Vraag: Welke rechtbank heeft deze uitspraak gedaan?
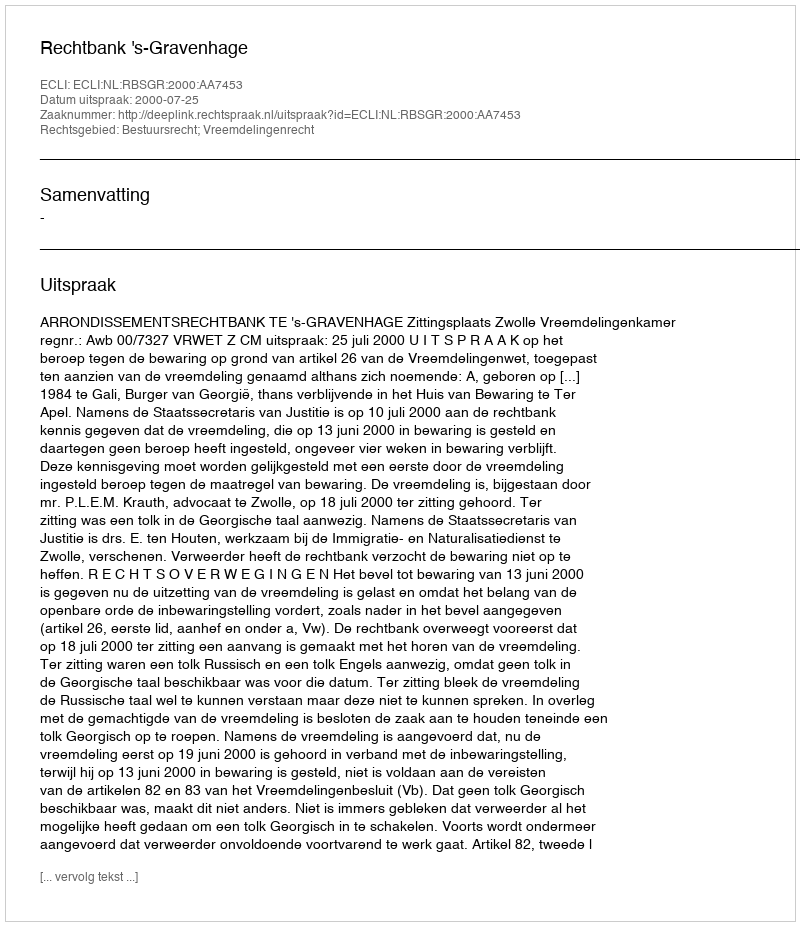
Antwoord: Rechtbank 's-Gravenhage